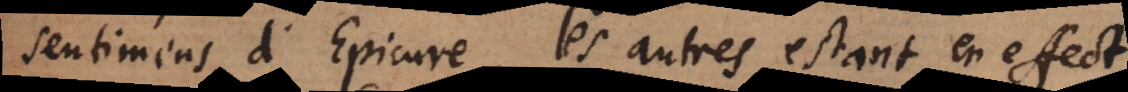
sentimens d’Epicure, les autres estant en effec